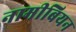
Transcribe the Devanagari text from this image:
नामीबियन